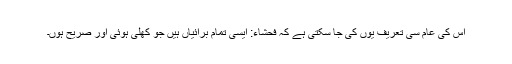
اس کی عام سی تعریف یوں کی جا سکتی ہے کہ فحشاء: ایسی تمام برائیاں ہیں جو کھلی ہوئی اور صریح ہوں۔